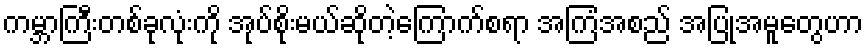
ကမ္ဘာကြီးတစ်ခုလုံးကို အုပ်စိုးမယ်ဆိုတဲ့ကြောက်စရာ အကြံအစည် အပြုအမူတွေဟာ